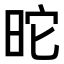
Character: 𣅸